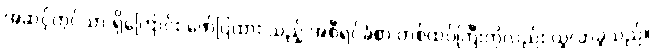
အဆင့်တွင်သာ ရှိကြောင်း ဖော်ပြထား သည့် အစီရင်ခံစာ တစ်ထပ်ကြီးကိုလည်း ယူလာခဲ့သည်။